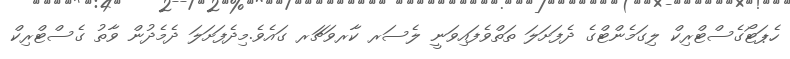
ހެޕަޓޯގެސްޓްރިކް ލިގަމެންޓްގެ ދެފަށަލަ ތަތްވެފައިވަނީ ލެސަރ ކާރވަޗަރ ގައެވެ.މިދެފަށަލަ ދެމެދުން ވާތު ގެސްޓްރިކް